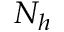
N _ { h }